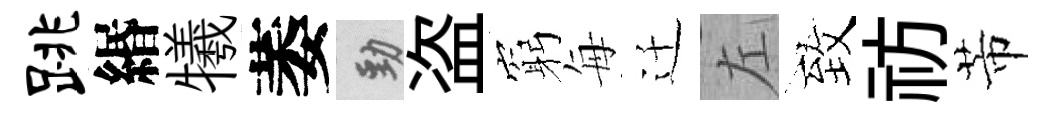
跳緡犧萎勁盗窮每迁左致祊芾